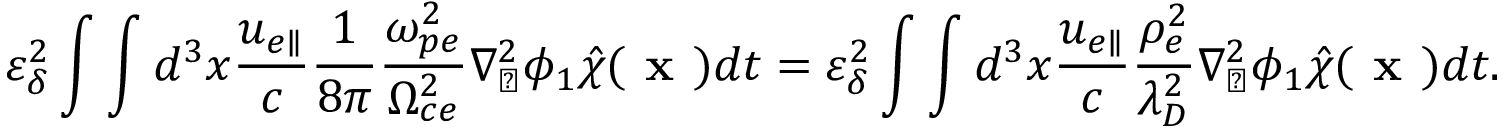
\varepsilon _ { \delta } ^ { 2 } \int \int d ^ { 3 } x \frac { u _ { e \parallel } } { c } \frac { 1 } { 8 \pi } \frac { \omega _ { p e } ^ { 2 } } { \Omega _ { c e } ^ { 2 } } \nabla _ { \perp } ^ { 2 } \phi _ { 1 } \hat { \chi } ( \textbf { x } ) d t = \varepsilon _ { \delta } ^ { 2 } \int \int d ^ { 3 } x \frac { u _ { e \parallel } } { c } \frac { \rho _ { e } ^ { 2 } } { \lambda _ { D } ^ { 2 } } \nabla _ { \perp } ^ { 2 } \phi _ { 1 } \hat { \chi } ( \textbf { x } ) d t .